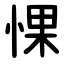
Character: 惈